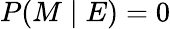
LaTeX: P(M\mid E)=0